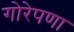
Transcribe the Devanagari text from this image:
गोरेपणा